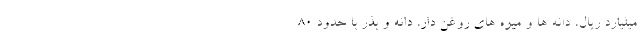
میلیارد ریال، دانه ها و میوه های روغن دار، دانه و بذر با حدود ۸۰